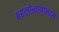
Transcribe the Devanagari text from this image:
बहलोलखानास